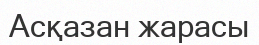
Асқазан жарасы